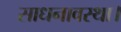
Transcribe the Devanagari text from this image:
साधनावस्था।